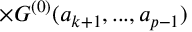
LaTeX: \times { G } ^ { ( 0 ) } ( a _ { k + 1 } , . . . , a _ { p - 1 } )